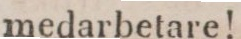
medarbetare!